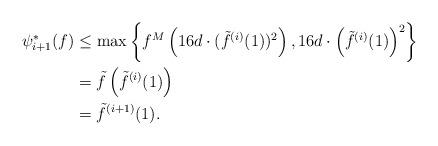
LaTeX: \begin{align*} \psi_{i+1}^*(f)&\le\max\left\{f^M\left(16d\cdot(\tilde f^{(i)}(1))^2\right),16d\cdot\left(\tilde f^{(i)}(1)\right)^2\right\}\\&=\tilde f\left(\tilde f^{(i)}(1)\right)\\&=\tilde f^{(i+1)}(1). \end{align*}